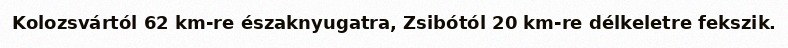
Kolozsvártól 62 km-re északnyugatra, Zsibótól 20 km-re délkeletre fekszik.